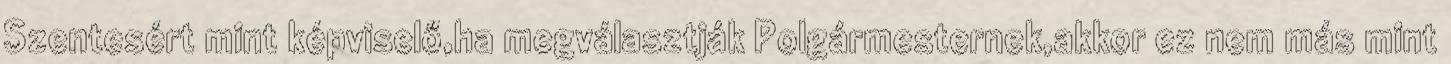
Szentesért mint képviselő,ha megválasztják Polgármesternek,akkor ez nem más mint